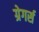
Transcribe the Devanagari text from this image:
ग्रेगर्स